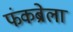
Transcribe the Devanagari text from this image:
फंकब्रेला